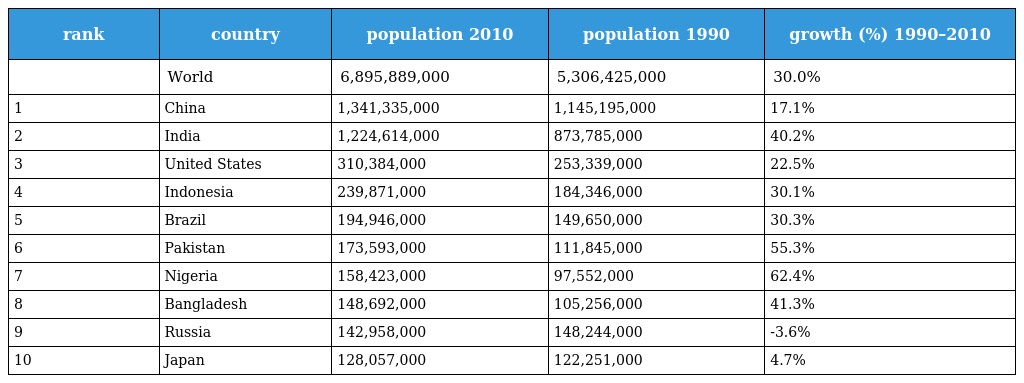
| rank | country | population 2010 | population 1990 | growth (%) 1990–2010 |
 | --- | --- | --- | --- | --- |
 |  | World | 6,895,889,000 | 5,306,425,000 | 30.0% |
 | 1 | China | 1,341,335,000 | 1,145,195,000 | 17.1% |
 | 2 | India | 1,224,614,000 | 873,785,000 | 40.2% |
 | 3 | United States | 310,384,000 | 253,339,000 | 22.5% |
 | 4 | Indonesia | 239,871,000 | 184,346,000 | 30.1% |
 | 5 | Brazil | 194,946,000 | 149,650,000 | 30.3% |
 | 6 | Pakistan | 173,593,000 | 111,845,000 | 55.3% |
 | 7 | Nigeria | 158,423,000 | 97,552,000 | 62.4% |
 | 8 | Bangladesh | 148,692,000 | 105,256,000 | 41.3% |
 | 9 | Russia | 142,958,000 | 148,244,000 | -3.6% |
 | 10 | Japan | 128,057,000 | 122,251,000 | 4.7% |